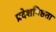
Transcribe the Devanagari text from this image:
प्रदेशनिष्ठता